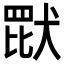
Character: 𬙠